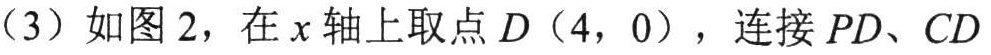
（3）如图 2，在\(x\)轴上取点\(D(4,0)\)，连接\(PD\)、\(CD\)